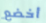
أخضع